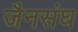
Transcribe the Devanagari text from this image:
जैनसंघ